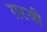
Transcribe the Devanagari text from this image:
ग़रबी